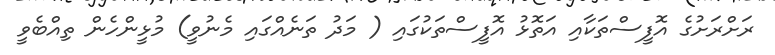
ރަށްރަށުގެ އޮފީސްތަކާއި އަތޮޅު އޮފީސްތަކުގައި ( މަދު ތަނެއްގައި މެނުވީ) މުޅީންހެން ތިއްބެވީ